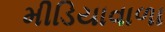
મીડિયાવાળા